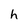
Character: h